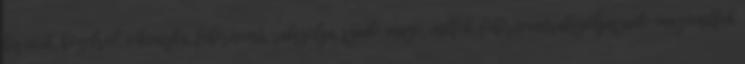
kis cicik, kozelrol, vékonyka, fehérnemű, rabszolga, szado-mazo, milfek, fehérneműrabszolgaszado-mazomilfek